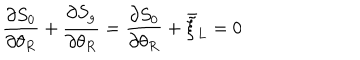
LaTeX: \frac { \partial S _ { 0 } } { \partial \theta _ { R } } + \frac { \partial S _ { g } } { \partial \theta _ { R } } = \frac { \partial S _ { 0 } } { \partial \theta _ { R } } + \bar { \tilde { \xi } } _ { L } = 0